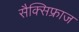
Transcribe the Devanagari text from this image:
सैक्सिफ्राज